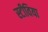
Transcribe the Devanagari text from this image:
स्टीविया